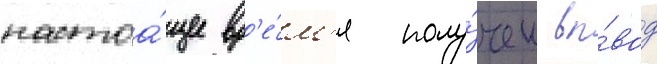
настоа́щее вр'е́м'я полу́чен вы́вод